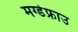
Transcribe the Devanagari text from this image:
मग्डेफ्राउ